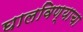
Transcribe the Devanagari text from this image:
घालविण्याचा